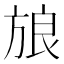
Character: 𰕫